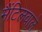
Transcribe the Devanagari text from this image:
मैंटिलवाले